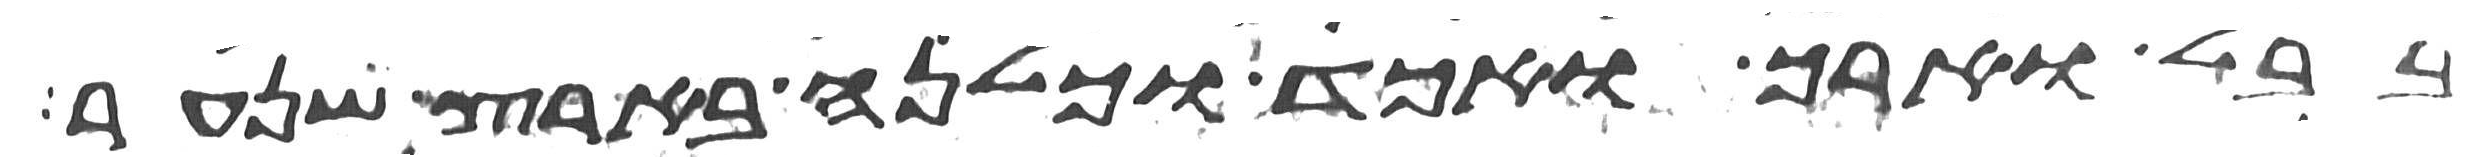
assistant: בבל וארך ואכד וכלנה בארץ שנער